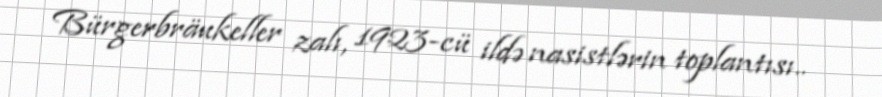
Bürgerbräukeller zalı, 1923-cü ildə nasistlərin toplantısı..